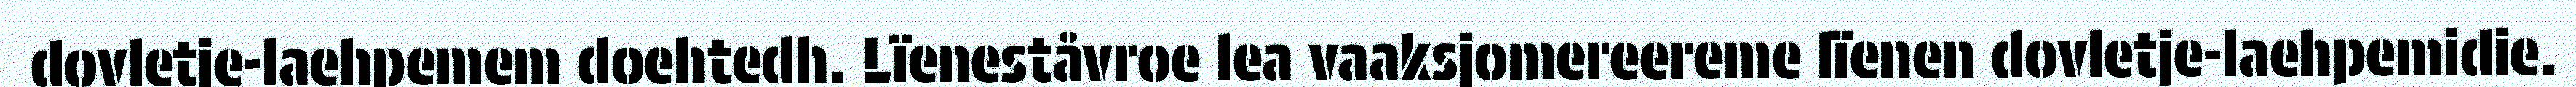
dovletje-laehpemem doehtedh. Lïeneståvroe lea vaaksjomereereme lïenen dovletje-laehpemidie.